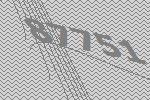
87751